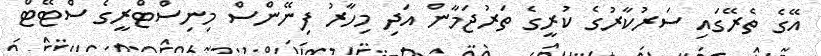
އޭގެ ތެރޭގައި ސަރުކާރުގެ ކުރީގެ ތަރުޖަމާން އަދި މިހާރު ފިނޭންސް މިނިސްޓްރީގެ ސްޓޭޓް